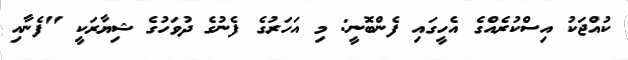
ކުއްޖަކު އިސްކުރެއްގެ އެހީގައި ފެންބޮނީ: މި އަހަރުގެ ފެނުގެ ދުވަހުގެ ޝިޔާރަކީ "ފެނާއި